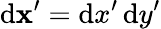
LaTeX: \mathrm{d}\mathbf{x}^{\prime}=\mathrm{d}x^{\prime}\, \mathrm{d}y^{\prime}